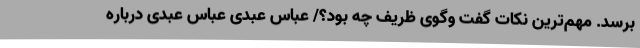
برسد. مهم‌ترین نکات گفت‌ وگوی ظریف چه بود؟/ عباس عبدی عباس عبدی درباره